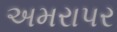
અમરાપર